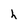
Character: h